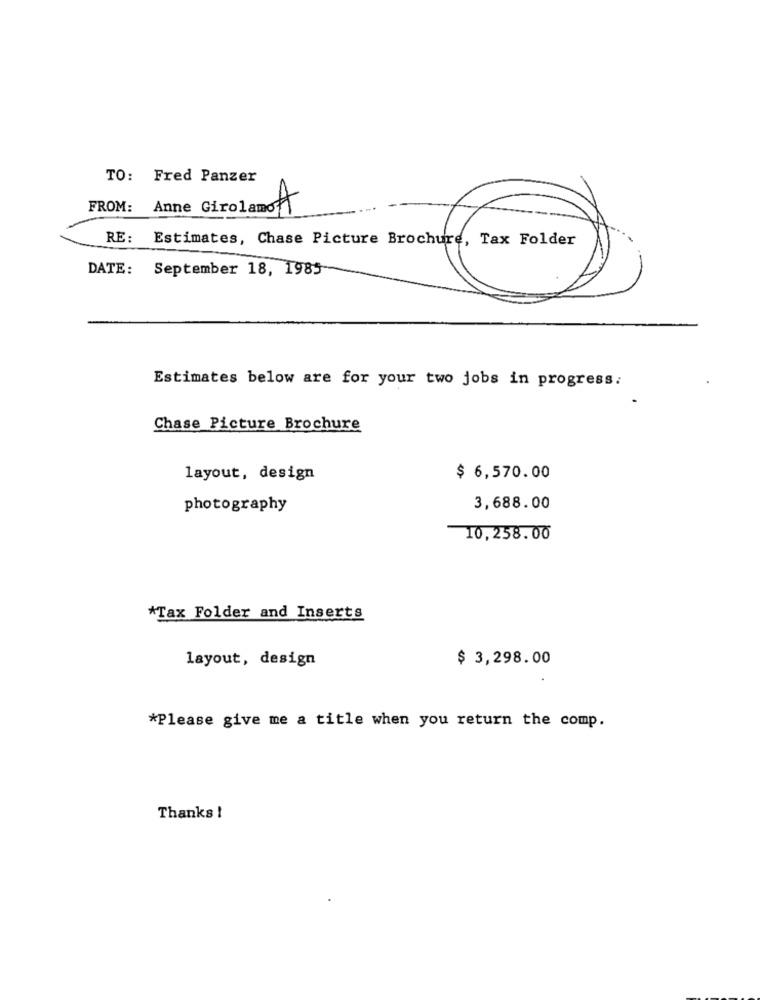
TO: Fred Panzer
FROM: Anne Girolamo 1
RE: Estimates, Chase Picture Brochure, Tax Folder
DATE: September 18, 1985
Estimates below are for your two jobs in progress:
Chase Picture Brochure
layout, design
$ 6,570.00
photography
3,688.00
10,258.00
*Tax Folder and Inserts
layout, design
$ 3,298.00
*Please give me a title when you return the comp.
Thanks !